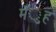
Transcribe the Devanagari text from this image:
मँुह